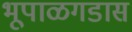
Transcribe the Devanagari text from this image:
भूपाळगडास